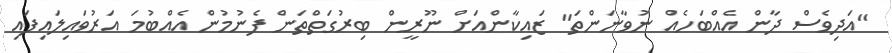
"އަދިވެސް ދާން އެއްބަހެއް ނުވާނަންތަ" ޒައިކާންއަށް ނޫރީން ބިރުގަތްތަން ފެނުމުން އެއްބުމަ އަރުވައިލައިފައި